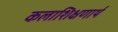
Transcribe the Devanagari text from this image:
कलाशिक्षणार्थ